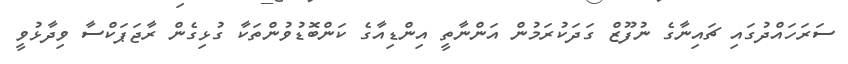
ސަރަހައްދުގައި ޗައިނާގެ ނުފޫޒް ގަދަކުރަމުން އަންނާތީ އިންޑިއާގެ ކަންބޮޑުވުންތަކާ ގުޅިގެން ރާޖަޕަކްސާ ވިދާޅުވީ